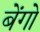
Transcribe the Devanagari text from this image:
बेंगो